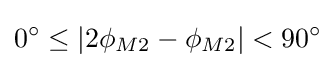
0^{\circ }\leq |2\phi _{M2}-\phi _{M2}|<90^{\circ }